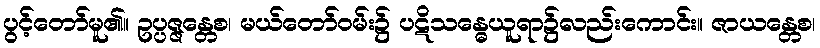
ပွင့်တော်မူ၏။ ဥပ္ပဇ္ဇန္တေစ၊ မယ်တော်ဝမ်း၌ ပဋိသန္ဓေယူရာ၌လည်းကောင်း။ ဇာယန္တေစ၊